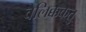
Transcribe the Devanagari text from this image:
वेलिक्ककतु